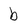
Character: b